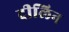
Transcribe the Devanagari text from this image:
दीलिन